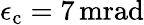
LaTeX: \epsilon_{\mathrm{c}}=7\, \mathrm{mrad}